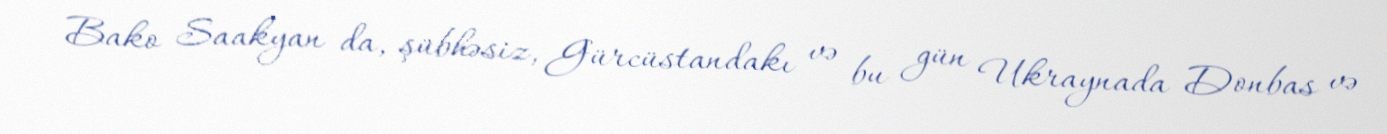
Bako Saakyan da, şübhəsiz, Gürcüstandakı və bu gün Ukraynada Donbas və